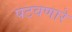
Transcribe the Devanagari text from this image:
पटवणारे